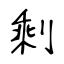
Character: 剩